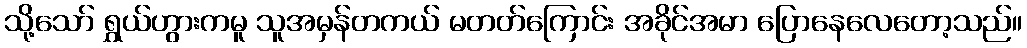
သို့သော် ရွှယ်ဟွားကမူ သူအမှန်တကယ် မတတ်ကြောင်း အခိုင်အမာ ပြောနေလေတော့သည်။